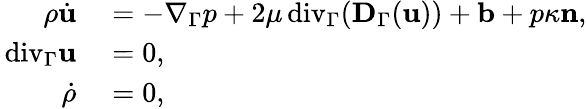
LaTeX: \begin{array}{rl}{\rho\dot{\mathbf u}}&{{}=-\nabla_{\Gamma}p+2\mu{\mathop{\, \mathrm{div}}}_{\Gamma}(\mathbf D_{\Gamma}(\mathbf u))+\mathbf b+p\kappa\mathbf n,}\\ {{\mathop{\, \mathrm{div}}}_{\Gamma}\mathbf u}&{{}=0,}\\ {\dot{\rho}}&{{}=0,}\end{array}